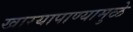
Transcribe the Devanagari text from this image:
खार्‍यापाण्यामुळे